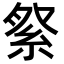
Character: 𮈏